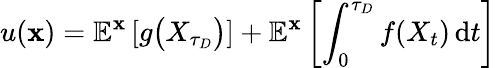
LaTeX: u(\mathbf{x})=\mathbb{{E}}^{\mathbf{x}}\left[g{\big(}X_{\tau_{D}}{\big)}\right]+\mathbb{{E}}^{\mathbf{x}}\left[\int_{0}^{\tau_{D}}f(X_{t})\, \mathrm{{d}}t\right]